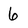
Character: 6